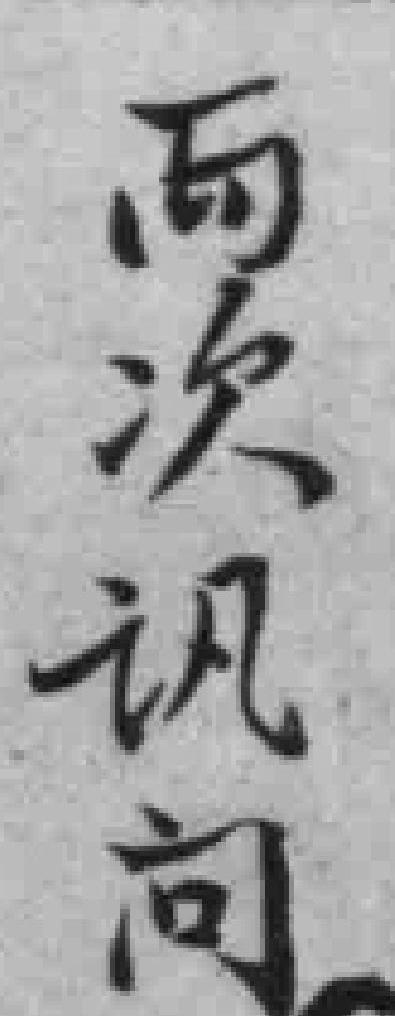
两次讯问